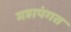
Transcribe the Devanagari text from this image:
महापंगत